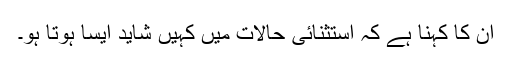
ان کا کہنا ہے کہ استثنائی حالات میں کہیں شاید ایسا ہوتا ہو۔